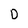
Character: D